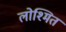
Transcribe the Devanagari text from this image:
लोश्मित